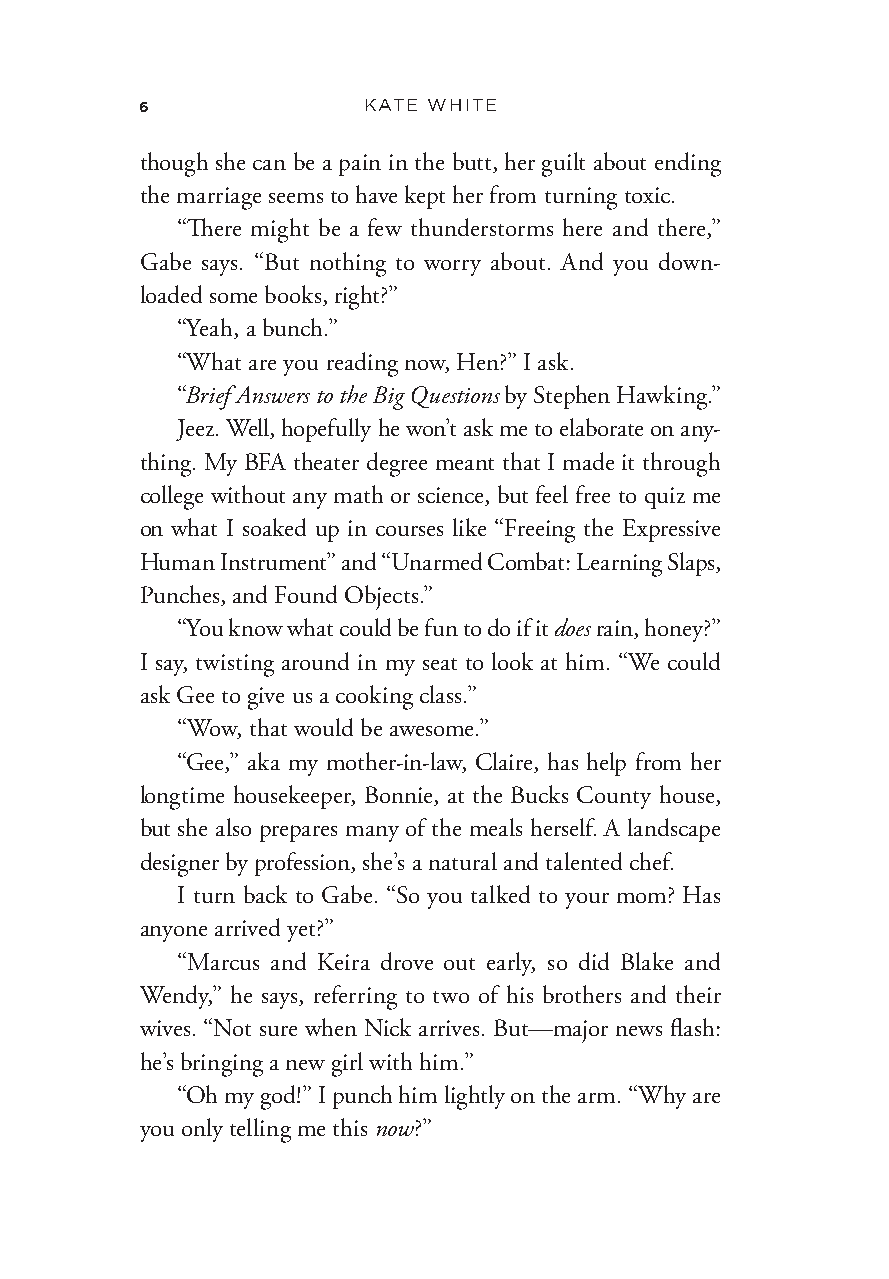
6              KATE WHITE
 though she can be a pain in the butt, her guilt about ending
 the marriage seems to have kept her from turning toxic.
 “There might be a few thunderstorms here and there,”
 Gabe says. “But nothing to worry about. And you down-
 loaded some books, right?”
 “Yeah, a bunch.”
 “What are you reading now, Hen?” I ask.
 “Brief Answers to the Big Questions by Stephen Hawking.”
 Jeez. Well, hopefully he won’t ask me to elaborate on any-
 thing. My BFA theater degree meant that I made it through
 college without any math or science, but feel free to quiz me
 on what I soaked up in courses like “Freeing the Expressive
 Human Instrument” and “Unarmed Combat: Learning Slaps,
 Punches, and Found Objects.”
 “You know what could be fun to do if it does rain, honey?”
 I say, twisting around in my seat to look at him. “We could
 ask Gee to give us a cooking class.”
 “Wow, that would be awesome.”
 “Gee,” aka my mother- in- law, Claire, has help from her
 longtime housekeeper, Bonnie, at the Bucks County house,
 but she also prepares many of the meals herself. A landscape
 designer by profession, she’s a natural and talented chef.
 I turn back to Gabe. “So you talked to your mom? Has
 anyone arrived yet?”
 “Marcus and Keira drove out early, so did Blake and
 Wendy,” he says, referring to two of his brothers and their
 wives. “Not sure when Nick arrives. But— major news flash:
 he’s bringing a new girl with him.”
 “Oh my god!” I punch him lightly on the arm. “Why are
 you only telling me this now?”
 Fiancee_9780062945419_Final_EB0326_cc19.indd 6 3/26/21 3:18 PM